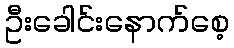
ဦးခေါင်းနောက်စေ့